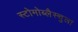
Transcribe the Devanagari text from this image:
स्टोमोब्लैस्चुला